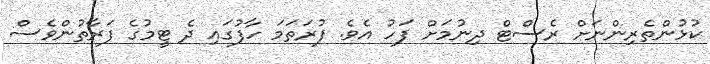
ކުޅުންތެރިންނަށް ރެސްޓް ދިނުމަށް ފަހު އެވެ. ފުރަތަމަ ހާފުގައި ދެ ޓީމުގެ ފަރާތުންވެސް